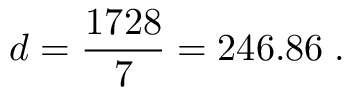
d = \frac { 1 7 2 8 } { 7 } = 2 4 6 . 8 6 \; .